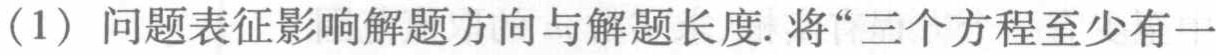
(1) 问题表征影响解题方向与解题长度. 将“三个方程至少有一